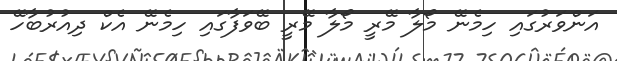
އަންވަރުގައި ހިމެނޭ މޯލާ މޭރީ މޯލާ މޭރީ ބޭވަފާގައި ހިމެނޭ އެކް ދިއުރުބާހޭ